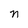
Character: n